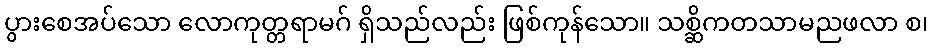
ပွားစေအပ်သော လောကုတ္တရာမဂ် ရှိသည်လည်း ဖြစ်ကုန်သော။ သစ္ဆိကတသာမညဖလာ စ၊